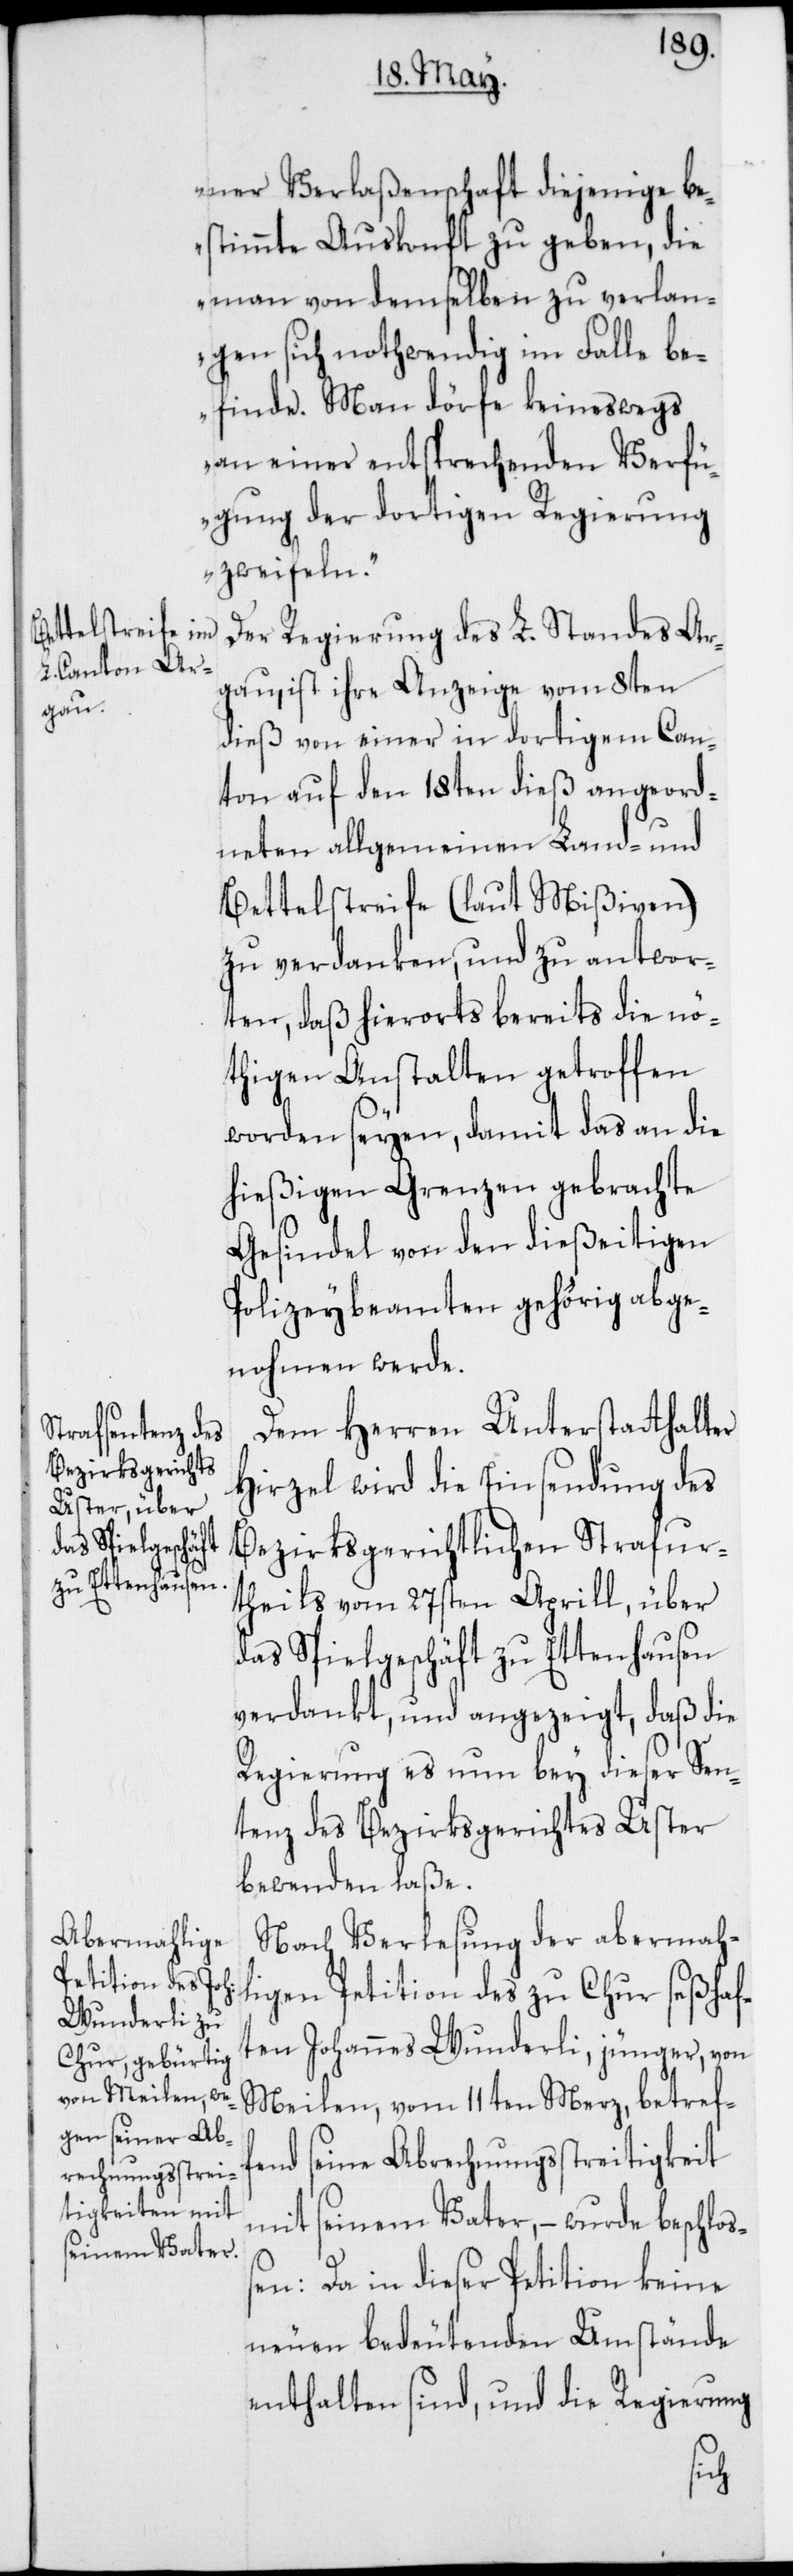
ner Verlaßenschaft diejenige be¬
stimmte Auskonft zu geben, die
man von demselben zu verlan¬
gen sich nothwendig im Falle be¬
finde. Man dörfe keineswegs
an einer entsprechenden Verfü¬
gung der dortigen Regierung
zweifeln.“
Der Regierung des L. Standes Ar¬
gau, ist ihre Anzeige vom 8ten
dieß von einer in dortigem Can¬
ton auf den 18ten dieß angeord¬
neten allgemeinen Land- und
Bettelstreife (laut Mißiven)
zu verdanken, und zu antwor¬
ten, daß hierorts bereits die nö¬
thigen Anstalten getroffen
worden seyen, damit das an die
hießigen Grenzen gebrachte
Gesindel von den dießeitigen
Polizeybeamten gehörig abge¬
nohmen werde.
Dem Herren Unterstatthalter
Hirzel wird die Einsendung des
bezirksgerichtlichen Strafur¬
theils vom 27sten Aprill, über
das Spielgeschäft zu Ettenhausen
verdankt, und angezeigt, daß die
Regierung es nun bey dieser Sen¬
tenz des Bezirksgerichtes Uster
bewenden laße.
Nach Verlesung der abermah¬
ligen Petition des zu Chur seßhaf¬
ten Johannes Wunderli, jünger, von
Meilen, vom 11ten Merz, betreff¬
end seine Abrechnungsstreitigkeit
mit seinem Vater, – wurde beschloß¬
en: Da in dieser Petition keine
neuen bedeutenden Umstände
enthalten sind, und die Regierung